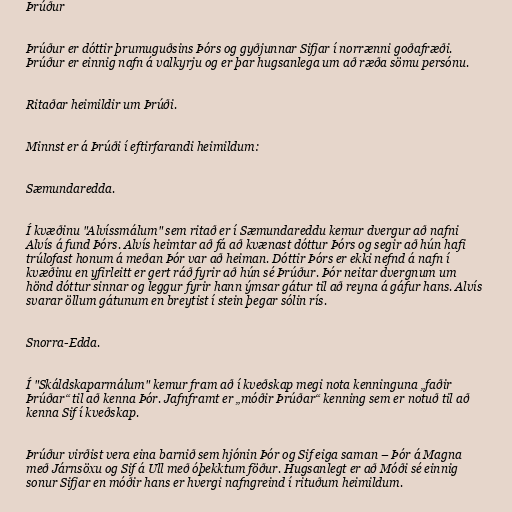
Þrúður

Þrúður er dóttir þrumuguðsins Þórs og gyðjunnar Sifjar í norrænni goðafræði.
Þrúður er einnig nafn á valkyrju og er þar hugsanlega um að ræða sömu persónu.

Ritaðar heimildir um Þrúði.

Minnst er á Þrúði í eftirfarandi heimildum:

Sæmundaredda.

Í kvæðinu "Alvíssmálum" sem ritað er í Sæmundareddu kemur dvergur að nafni
Alvís á fund Þórs. Alvís heimtar að fá að kvænast dóttur Þórs og segir að hún hafi
trúlofast honum á meðan Þór var að heiman. Dóttir Þórs er ekki nefnd á nafn í
kvæðinu en yfirleitt er gert ráð fyrir að hún sé Þrúður. Þór neitar dvergnum um
hönd dóttur sinnar og leggur fyrir hann ýmsar gátur til að reyna á gáfur hans. Alvís
svarar öllum gátunum en breytist í stein þegar sólin rís.

Snorra-Edda.

Í "Skáldskaparmálum" kemur fram að í kveðskap megi nota kenninguna „faðir
Þrúðar“ til að kenna Þór. Jafnframt er „móðir Þrúðar“ kenning sem er notuð til að
kenna Sif í kveðskap.

Þrúður virðist vera eina barnið sem hjónin Þór og Sif eiga saman – Þór á Magna
með Járnsöxu og Sif á Ull með óþekktum föður. Hugsanlegt er að Móði sé einnig
sonur Sifjar en móðir hans er hvergi nafngreind í rituðum heimildum.